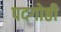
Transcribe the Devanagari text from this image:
पदगोष्ठी